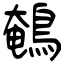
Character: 鵪